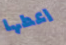
اعطها